Indian journal of veterinary science and animal husbandry - Volume 8,
Year: 1938
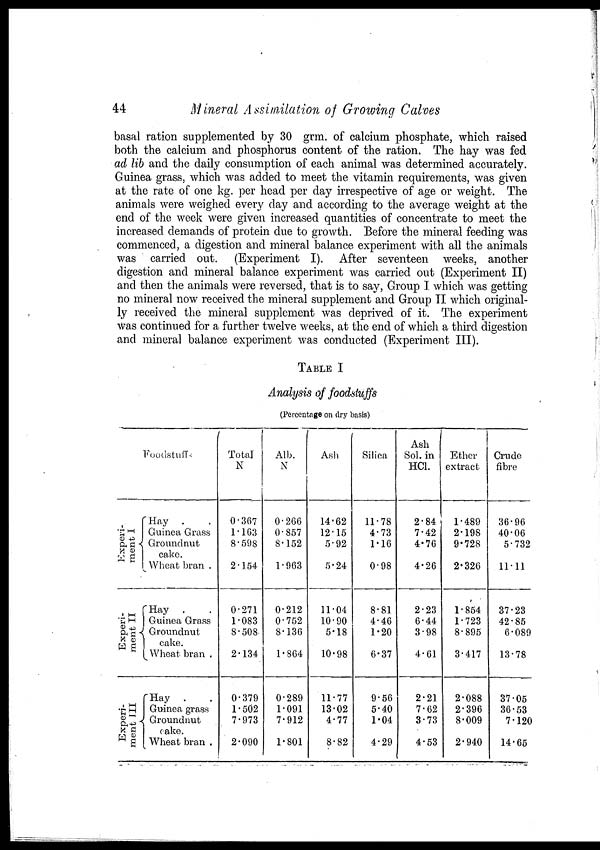
44
Mineral Assimilation of Growing Calves
basal ration supplemented by 30 grm. of calcium phosphate, which raised
both the calcium and phosphorus content of the ration. The hay was fed
ad lib and the daily consumption of each animal was determined accurately.
Guinea grass, which was added to meet the vitamin requirements, was given
at the rate of one kg. per head per day irrespective of age or weight. The
animals were weighed every day and according to the average weight at the
end of the week were given increased quantities of concentrate to meet the
increased demands of protein due to growth. Before the mineral feeding was
commenced, a digestion and mineral balance experiment with all the animals
was carried out. (Experiment I). After seventeen weeks, another
digestion and mineral balance experiment was carried out (Experiment II)
and then the animals were reversed, that is to say, Group I which was getting
no mineral now received the mineral supplement and Group II which original-
ly received the mineral supplement was deprived of it. The experiment
was continued for a further twelve weeks, at the end of which a third digestion
and mineral balance experiment was conducted (Experiment III).
TABLE I
Analysis of foodstuffs
(Percentage on dry basis)
Foodstuff
Experi-
ment I
Experi-
ment II
Exper i
-
ment III
Hay . .
Guinea Grass
Groundnut
cake.
Wheat bran .
Hay . .
Guinea Grass
Groundnut
cake.
Wheat bran .
Hay . .
Guinea grass
Groundnut
cake.
Wheat bran .
Total
N
0.367
1.163
8.598
2.154
0.271
1.083
8.508
2.134
0.379
1.502
7.973
2.090
Alb.
N
0.266
0.857
8.152
1.963
0.212
0.752
8.136
1.864
0.289
1.091
7.912
1.801
Ash
14.62
12.15
5.92
5.24
11.04
10.90
5.18
10.98
11.77
13.02
4.77
8.82
Silica
11.78
4.73
1.16
0.98
8.81
4.46
1.20
6.37
9.56
5.40
1.04
4.29
Ash
Sol. in
HCl.
2.84
7.42
4.76
4.26
2.23
6.44
3.98
4.61
2.21
7.62
3.73
4.53
Ether
extract
1.489
2.198
9.728
2.326
1.854
1.723
8.895
3.417
2.088
2.396
8.009
2.940
Crude
fibre
36.96
40.06
5.732
11.11
37.23
42.85
6.089
13.78
37.05
36.53
7.120
14.65